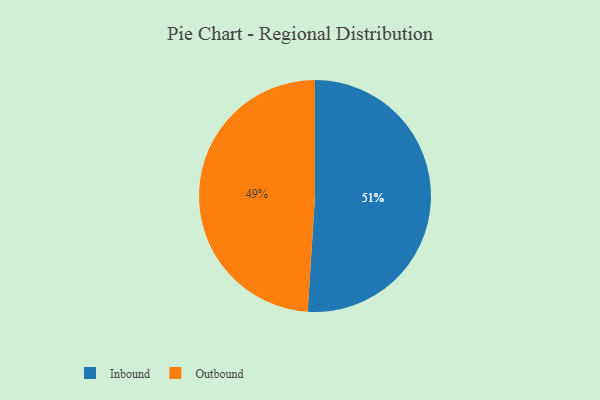
{"axis": {"x": "Category", "y": "Percentage"}, "legend": ["Inbound", "Outbound"], "data": [{"x": "Inbound", "y": 51, "type": "Inbound"}, {"x": "Outbound", "y": 49, "type": "Outbound"}]}